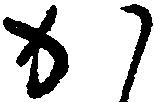
か